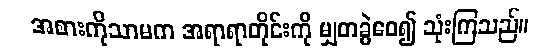
အစားကိုသာမက အရာရာတိုင်းကို မျှတခွဲဝေ၍ သုံးကြသည်။